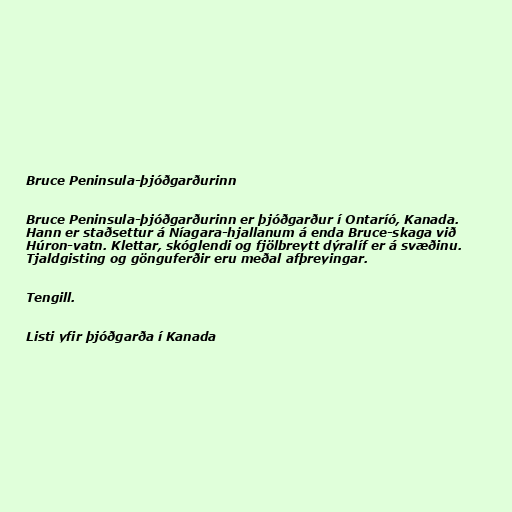
Bruce Peninsula-þjóðgarðurinn

Bruce Peninsula-þjóðgarðurinn er þjóðgarður í Ontaríó, Kanada.
Hann er staðsettur á Níagara-hjallanum á enda Bruce-skaga við
Húron-vatn. Klettar, skóglendi og fjölbreytt dýralíf er á svæðinu.
Tjaldgisting og gönguferðir eru meðal afþreyingar.

Tengill.

Listi yfir þjóðgarða í Kanada